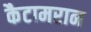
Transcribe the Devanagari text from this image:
कैटामरान